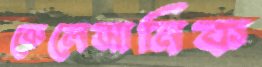
কেলেমানিক